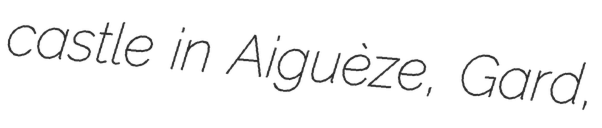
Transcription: castle in Aiguèze, Gard,